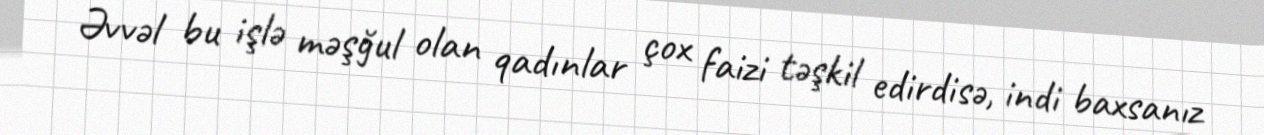
Əvvəl bu işlə məşğul olan qadınlar çox faizi təşkil edirdisə, indi baxsanız